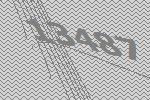
13487